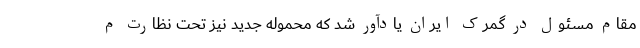
مقام مسئول در گمرک ایران یادآور شد که محموله جدید نیز تحت نظارت م